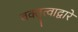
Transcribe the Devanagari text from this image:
वक्तृत्वाद्वारे